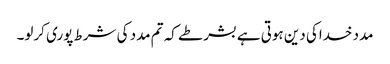
مدد خداکی دین ہوتی ہے بشرطے کہ تم مدد کی شرط پوری کرلو۔